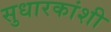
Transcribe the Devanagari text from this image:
सुधारकांशी